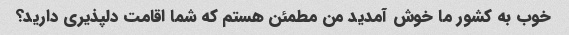
خوب به کشور ما خوش آمدید من مطمئن هستم که شما اقامت دلپذیری دارید؟